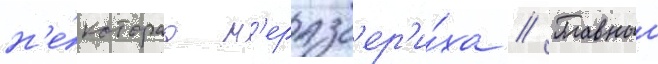
н'е́котораа н'еразб'ер'и́ха // Главныи